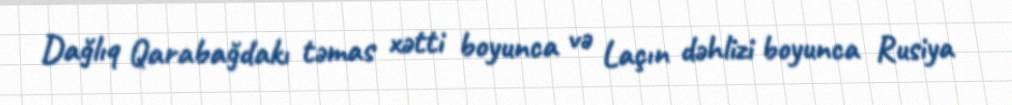
Dağlıq Qarabağdakı təmas xətti boyunca və Laçın dəhlizi boyunca Rusiya